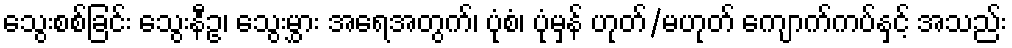
သွေးစစ်ခြင်း သွေးနီဥ၊ သွေးမွှား အရေအတွက်၊ ပုံစံ၊ ပုံမှန် ဟုတ်/မဟုတ် ကျောက်ကပ်နှင့် အသည်း